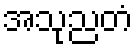
အသုညတံ